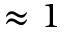
\approx 1